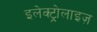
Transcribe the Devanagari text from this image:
इलेक्ट्रोलाइज़